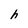
Character: h